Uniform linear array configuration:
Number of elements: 4
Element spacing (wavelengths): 1
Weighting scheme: binomial
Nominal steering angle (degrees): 60
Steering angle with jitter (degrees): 59.371
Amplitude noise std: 0.05
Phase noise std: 0.05

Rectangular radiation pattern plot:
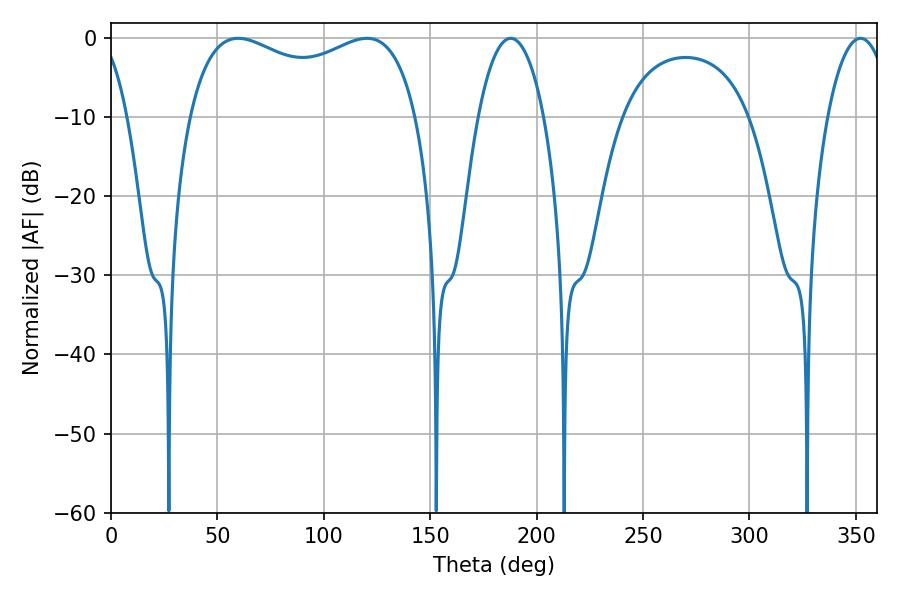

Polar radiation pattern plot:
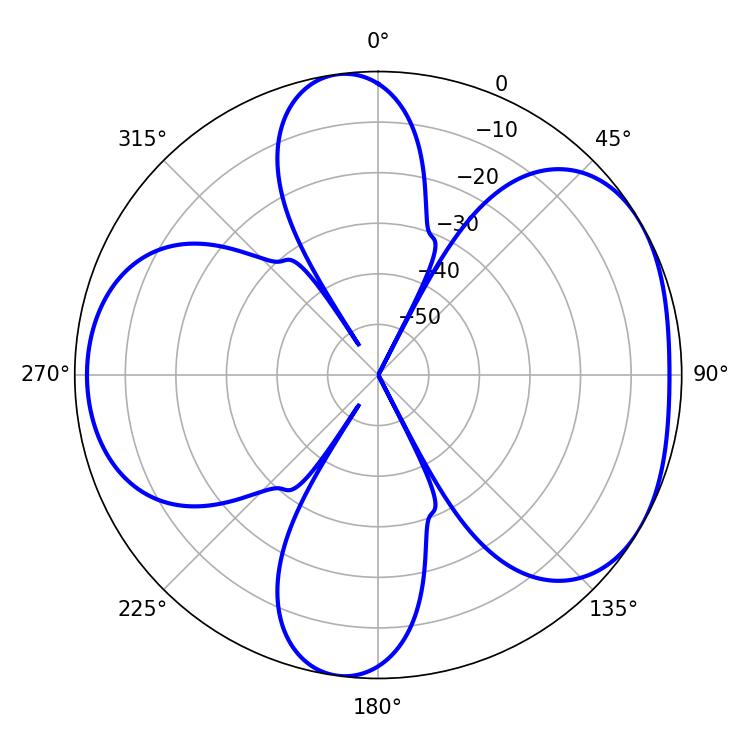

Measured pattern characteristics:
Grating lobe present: TRUE
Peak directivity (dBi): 4.825
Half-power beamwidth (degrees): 88.56
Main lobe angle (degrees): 59.76